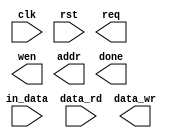
`timescale 1ns/10ps

module ELA(clk, rst, in_data, data_rd, req, wen, addr, data_wr, done);

	input				clk;
	input				rst;
	input		[7:0]	in_data;
	input		[7:0]	data_rd;
	output				req;
	output				wen;
	output		[9:0]	addr;
	output		[7:0]	data_wr;
	output				done;


	//--------------------------------------
	//		Write your code here
	//--------------------------------------


endmodule